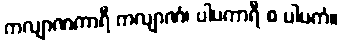
ကလျာဏကာရီ ကလျာဏံ၊ ပါပကာရီ စ ပါပကံ။